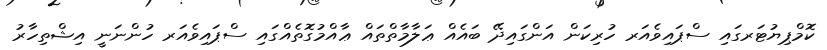
ކޮމްޕިޔުޓަރގައި ސްޕައިވެއަރ ހުރިކަން އަންގައިދޭ ބައެއް ޢަލާމާތްތައް ޢާއްމުގޮތެއްގައި ސްޕައިވެއަރ ހުންނަނީ އިޝްތިހާރު